Scientific memoirs by medical officers of the Army of India - Part VI,
Year: 1891
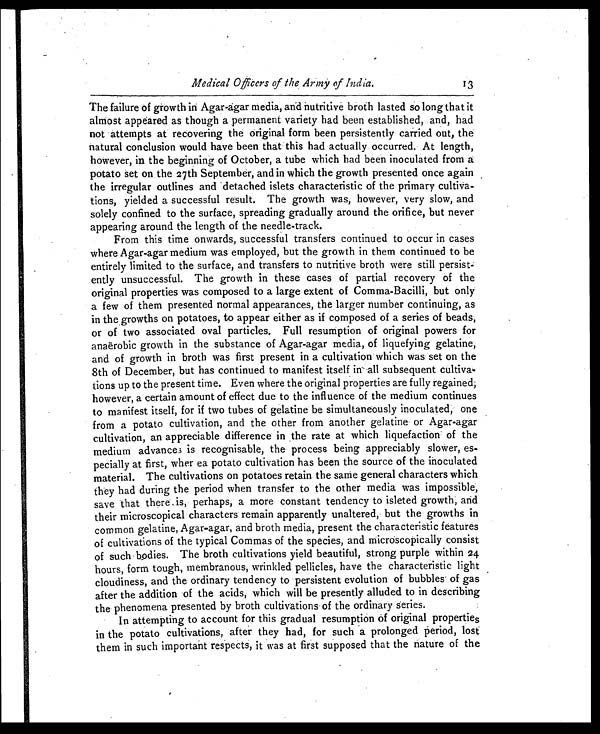
Medical Officers of the Army of
India.
The failure of growth in Agar-agar media, and nutritive broth lasted so long that it
almost appeared as though a permanent variety had been established, and, had
not attempts at recovering the original form been persistently carried out, the
natural conclusion would have been that this had actually occurred. At length,
however, in the beginning of October, a tube which had been inoculated from a
potato set on . the 27th September, and in which the growth presented once again
the irregular outlines and detached islets characteristic of the primary cultiva-
tions, yielded a successful result. The growth was, however, very slow, and
solely confined to the surface, spreading gradually around the orifice, but never
appearing around the length of the needle-track.
From this time onwards, successful transfers continued to occur in cases
where Agar-agar medium was employed, but the growth in them continued to be
entirely limited to the surface, and transfers to nutritive broth were still persist-
ently unsuccessful. The growth in these cases of partial recovery of the
original properties was composed to a large extent of Comma-Bacilli, but only
a few of them presented normal appearances, the larger number continuing, as
in the growths on potatoes, to appear either as if composed of a series of beads,
or of two associated oval particles. Full resumption of original powers for
anaërobic growth in the substance of Agar-agar media, of liquefying gelatine,
and of growth in broth was first present in a cultivation which was set on the
8th of December, but has continued to manifest itself in all subsequent cultiva-
tions up to the present time. Even where the original properties are fully regained,
however, a certain amount of effect due to the influence of the medium continues
to manifest itself, for if two tubes of gelatine be simultaneously inoculated, one
from a potato cultivation, and the other from another gelatine . or Agar-agar
cultivation, an appreciable difference in the rate at which liquefactions of the
medium advances is recognisable, the process being appreciably slower, es-
pecially at first, wher ea potato cultivation has been the source of the inoculated
material. The cultivations on potatoes retain the same general characters which
they had during the period when transfer to the other media was impossible,
save that there is, perhaps, a more constant tendency to isleted growth, and
their microscopical characters remain apparently unaltered, but the growths in
common gelatine, Agar-agar, and broth media, present the characteristic features
of cultivations of the typical Commas of the species, and microscopically consist
of such bodies. The broth cultivations yield beautiful, strong purple within 24
hours, form tough, membranous, wrinkled pellicles, have the characteristic light
cloudiness, and the ordinary tendency to persistent evolution of bubbles of gas
after the addition of the acids, which will be presently alluded to in describing
the phenomena presented by broth cultivations of the ordinary series.
In attempting to account for this gradual resumption of original properties
in the potato cultivations, after they had, for such a prolonged period, lost
them in such important respects, it was at first supposed that the nature of the
13